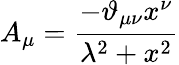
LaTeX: A_{\mu}=\frac{-\vartheta_{\mu\nu}x^{\nu}}{\lambda^{2}+x^{2}}